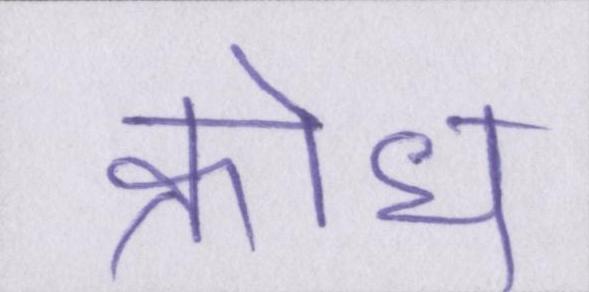
क्रोध